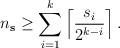
LaTeX: \begin{align*}n_{\mathbf{s}} \geq \sum_{i=1}^{k} \left\lceil \frac{s_i}{2^{k-i}} \right\rceil. \end{align*}